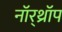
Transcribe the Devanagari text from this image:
नॉर्‌थ्रॉप